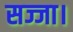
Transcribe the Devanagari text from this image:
सज्जा।